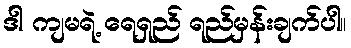
ဒါ ကျမရဲ့ ရေရှည် ရည်မှန်းချက်ပါ။